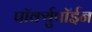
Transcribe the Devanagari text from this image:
पॉर्क्युपॉईन